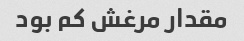
مقدار مرغش کم بود